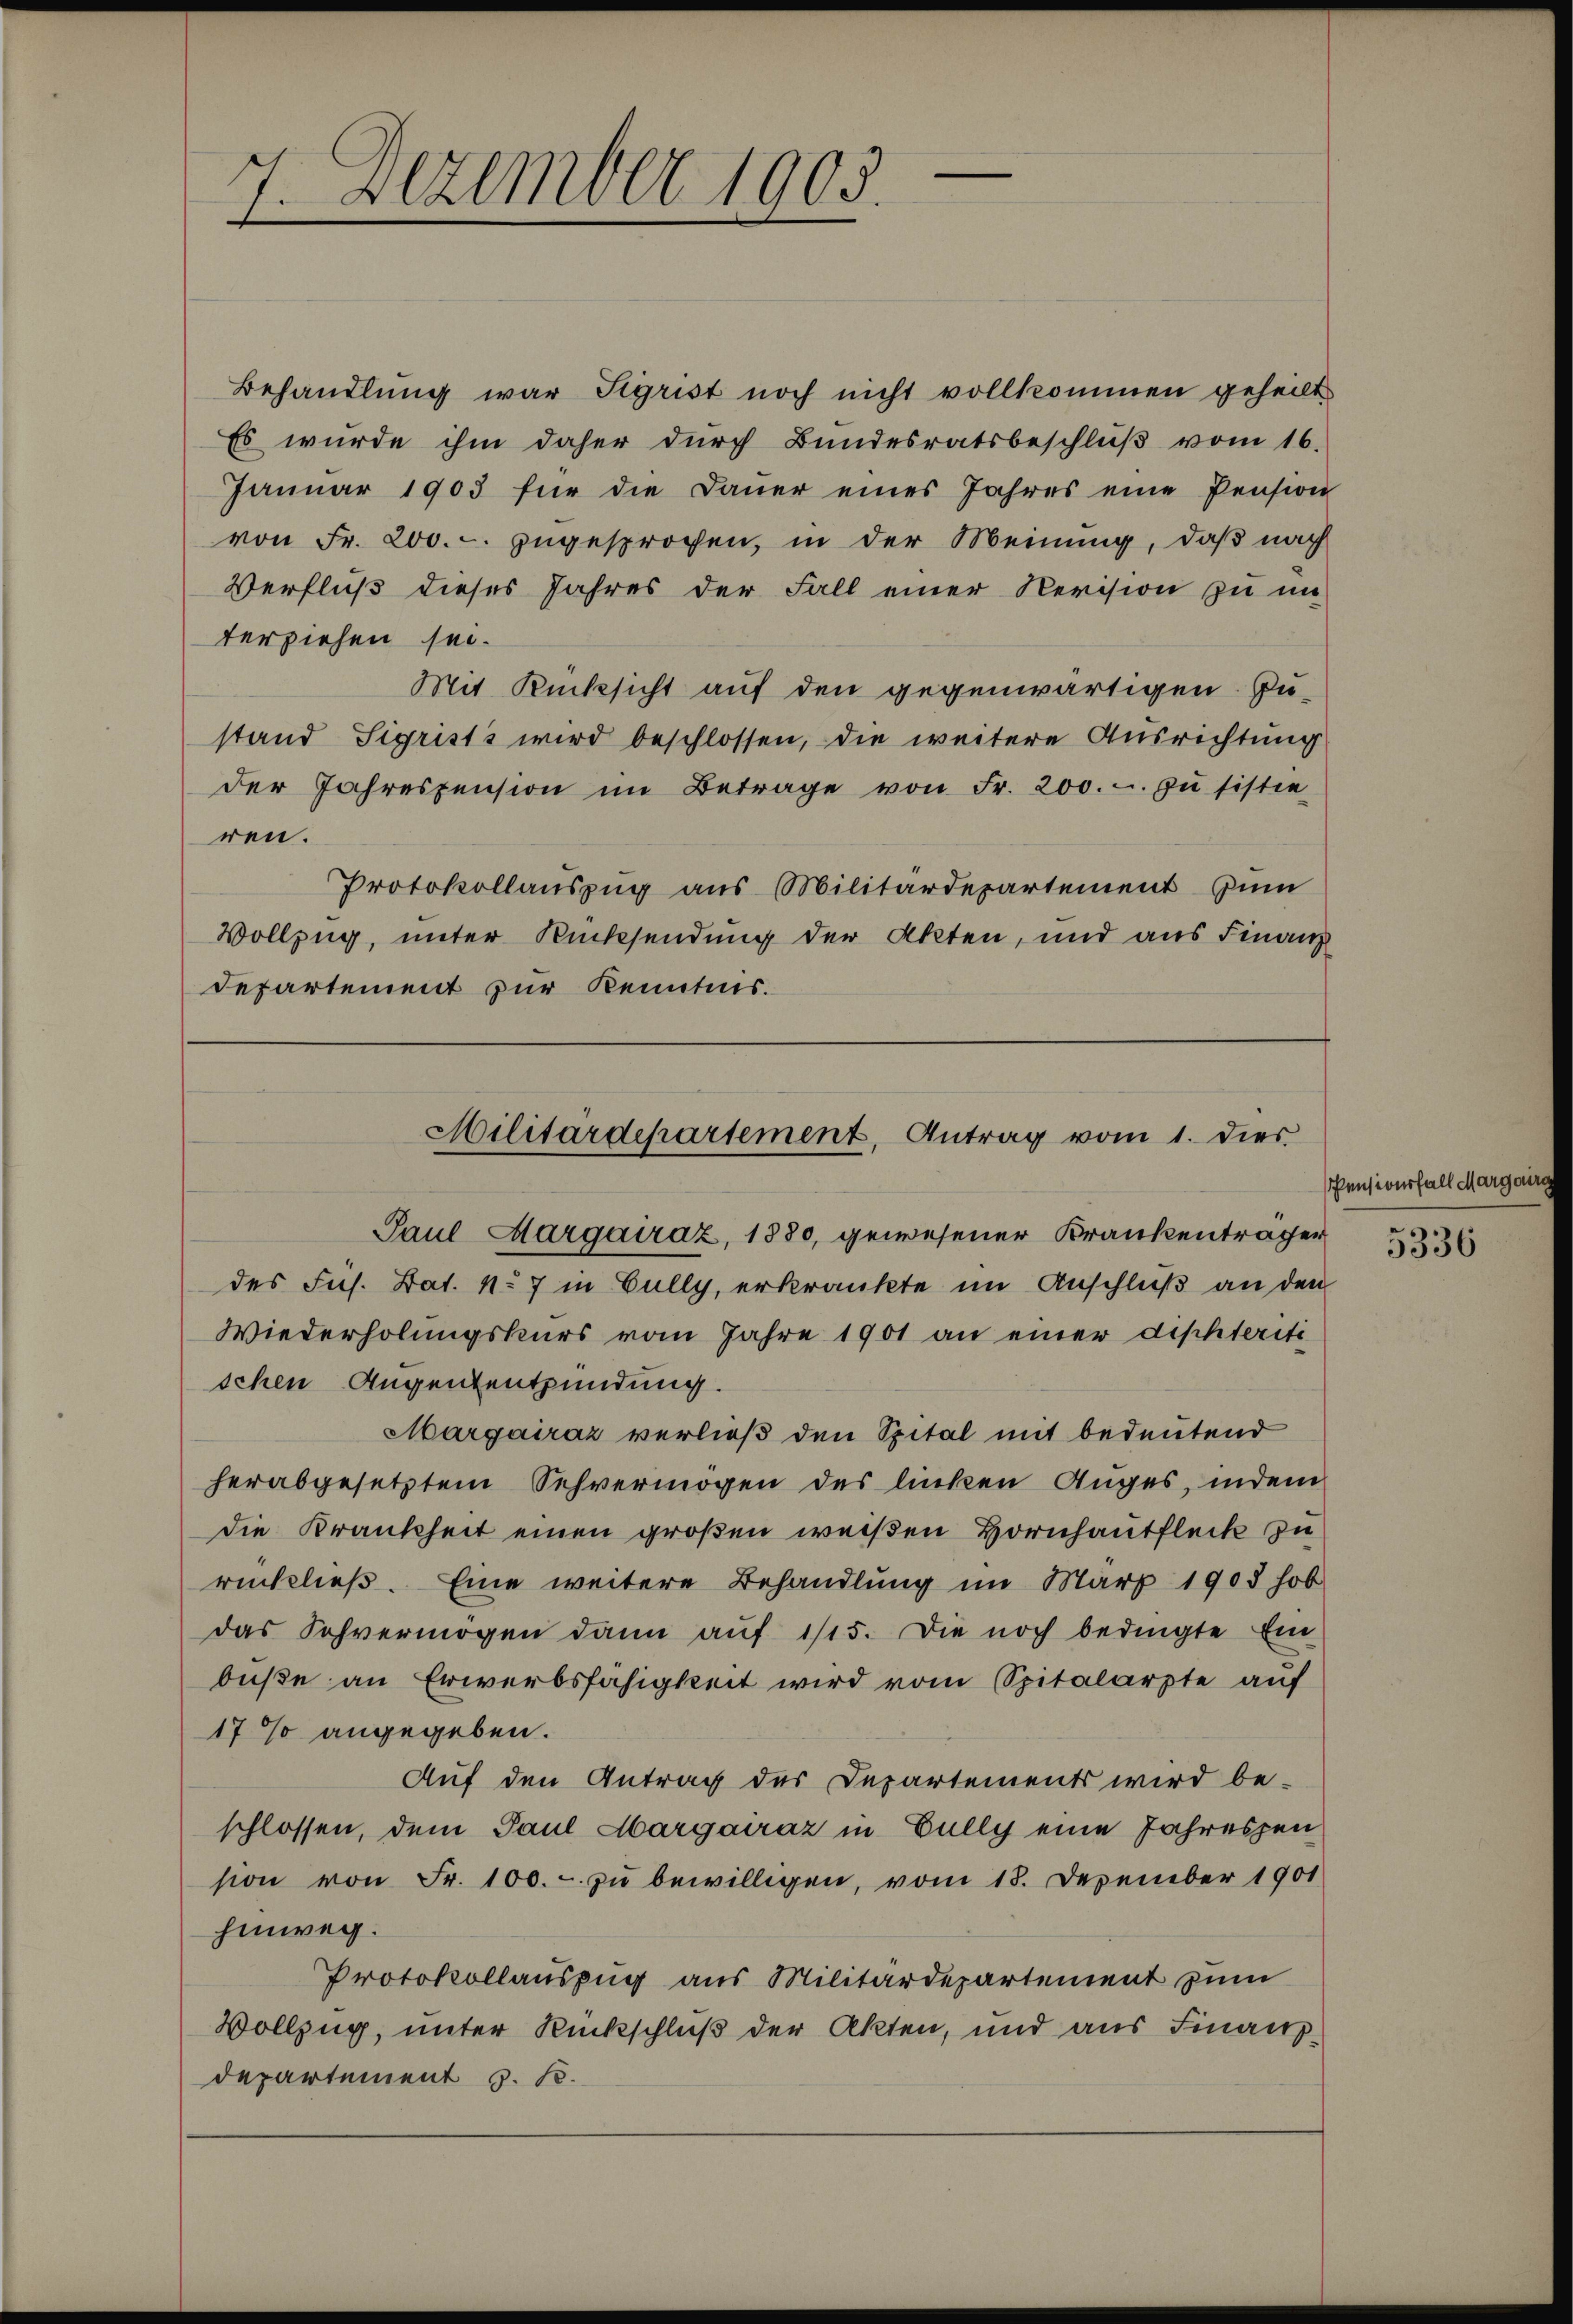
7. Dezember 1905.

Behandlung war Sigrist noch nicht vollkommen geheilt
Es wurde ihm daher durch Bundesratsbeschlŭβ vom 16.
Janŭar 1903 für die Daŭer eines Jahres eine Pension
von Fr. 200.-. zugesprochen, in der Meinung, daß nach
Verfluß dieses Jahres der Fall einer Revision zu im
terziehen sei.
Mit Rücksicht auf den gegenwärtigen. Zu-
stand Sigrists wird beschlossen, die weitere Ausrichtung
der Jahrespension im Betrage von Fr. 200.- zŭ sistie
ren.
Protokollaŭszŭg aŭs Militärdepartement zum
Vollzug, unter Rücksendung der Akten, und aus Finanz
Departement zur Kenntnis.

Paul Margairaz, 1880, gewesener Krankenträger
des Fus. Bat. No 7 in Gully, erkrankte im Anschluß an den
Wiederholungskurs vom Jahre 1901 an einer diphteriti
schen Augententzündung.
Margairaz verließ den Spital mit bedeutend
herabgesetztem Sehvermögen des linken Anges, indem
die Krankheit einen großen weißen Hornhautfleck zu
rückließ. Eine weitere Behandlung im März 1908 hob
das Schvermögen dann auf 1/15. Die noch bedingte Ein
buße an Erwerbsfähigkeit wird vom Spitalarzte auf
17 angegeben.
Auf den Antrag des Departements wird be-
schlossen, dem Paul Margairaz in Fully eine Jahreszen
sion von Fr. 100. - zu bewilligen, vom 18. Dezember 1901
hinweg.
Protokollauszug aus Militärdepartement zum
Vollzug, unter Rückschluß der Akten, und aus Finanzdepartement z. B.

Militärdepartement, Antrag vom 1. dies

Pensiverfall Margain

5336